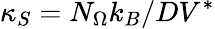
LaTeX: \kappa_{S}=N_{\Omega}k_{B}/DV^{\ast}